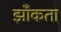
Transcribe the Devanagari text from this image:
झाँकता